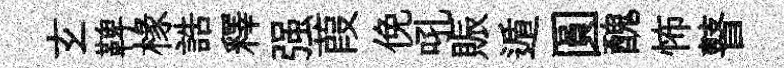
𤣥鞞椽誥釋强葭俛吼賑遁圓醜怖瞽